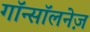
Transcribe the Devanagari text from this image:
गॉन्सॉलनेज़